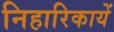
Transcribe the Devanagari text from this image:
निहारिकायें